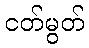
ငတ်မွတ်